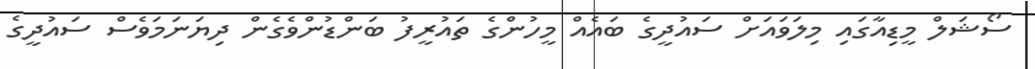
ސޯޝަލް މީޑިއާގައި މިލަވައަށް ސައުދީގެ ބައެއް މީހުންގެ ތައުރީފު ބަންޑުންވެގެން ދިޔަނަމަވެސް ސައުދީގެ